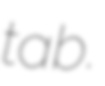
tab.